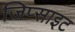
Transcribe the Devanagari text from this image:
जिप्साइट